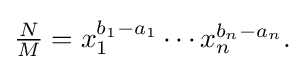
{\textstyle {\frac {N}{M}}=x_{1}^{b_{1}-a_{1}}\cdots x_{n}^{b_{n}-a_{n}}.}